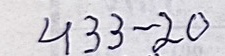
433 - 20